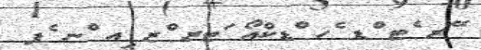
ޭރ ެޓ ްޑ ެހ ްޑކްއޯ ަޓރ ްޒ ިއ ްނ ެފ